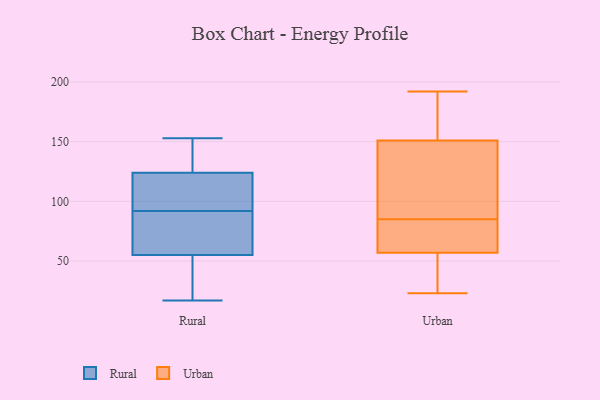
{"axis": {"x": "Shipments", "y": "Value"}, "legend": ["Rural", "Urban"], "data": [{"x": "", "y": 153, "type": "Rural"}, {"x": "", "y": 103, "type": "Rural"}, {"x": "", "y": 152, "type": "Rural"}, {"x": "", "y": 23, "type": "Rural"}, {"x": "", "y": 70, "type": "Rural"}, {"x": "", "y": 53, "type": "Rural"}, {"x": "", "y": 92, "type": "Rural"}, {"x": "", "y": 131, "type": "Rural"}, {"x": "", "y": 61, "type": "Rural"}, {"x": "", "y": 93, "type": "Rural"}, {"x": "", "y": 17, "type": "Rural"}, {"x": "", "y": 179, "type": "Urban"}, {"x": "", "y": 77, "type": "Urban"}, {"x": "", "y": 68, "type": "Urban"}, {"x": "", "y": 151, "type": "Urban"}, {"x": "", "y": 185, "type": "Urban"}, {"x": "", "y": 120, "type": "Urban"}, {"x": "", "y": 45, "type": "Urban"}, {"x": "", "y": 111, "type": "Urban"}, {"x": "", "y": 25, "type": "Urban"}, {"x": "", "y": 80, "type": "Urban"}, {"x": "", "y": 192, "type": "Urban"}, {"x": "", "y": 90, "type": "Urban"}, {"x": "", "y": 23, "type": "Urban"}, {"x": "", "y": 57, "type": "Urban"}]}